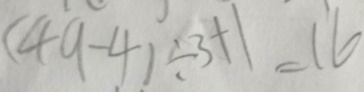
( 4 9 - 4 ) \div 3 + 1 = 1 6